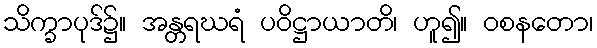
သိက္ခာပုဒ်၌။ အန္တရဃရံ ပဝိဋ္ဌာယာတိ၊ ဟူ၍။ ဝစနတော၊